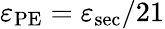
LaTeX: \varepsilon_{\mathrm{PE}}=\varepsilon_{\mathrm{sec}}/21